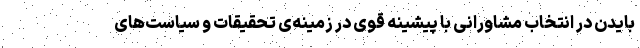
بایدن در انتخاب مشاورانی با پیشینه قوی در زمینه‌ی تحقیقات و سیاست‌های